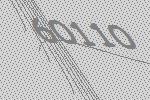
60110